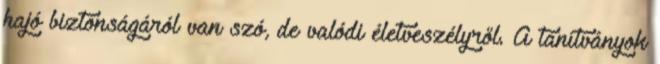
hajó biztonságáról van szó, de valódi életveszélyről. A tanítványok